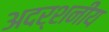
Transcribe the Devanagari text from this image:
अदर्शनीय